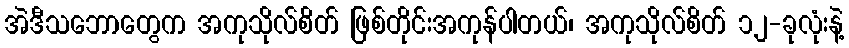
အဲဒီသဘောတွေက အကုသိုလ်စိတ် ဖြစ်တိုင်းအကုန်ပါတယ်၊ အကုသိုလ်စိတ် ၁၂-ခုလုံးနဲ့